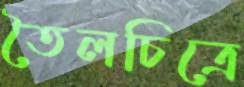
তৈলচিত্রে